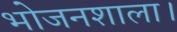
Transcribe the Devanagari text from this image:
भोजनशाला।